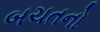
બચતનો